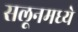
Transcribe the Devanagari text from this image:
सलूनमध्ये